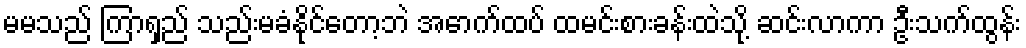
မမသည် ကြာရှည် သည်းမခံနိုင်တော့ဘဲ အောက်ထပ် ထမင်းစားခန်းထဲသို့ ဆင်းလာကာ ဦးသက်ထွန်း